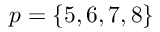
p = \{ 5 , 6 , 7 , 8 \}